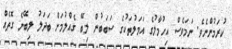
ކުރަމުންނެވެ. ނަމަވެސް އިހުމާލުގެ އަމަލުތަކުގެ ސަބަބުން ލިބޭ ގެއްލުމަށް ބަދަލު ލިބޭނެ ގޮތެއް